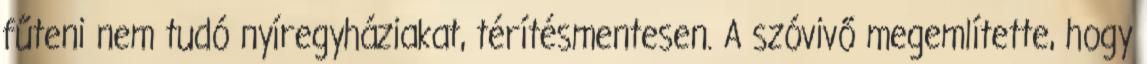
fűteni nem tudó nyíregyháziakat, térítésmentesen. A szóvivő megemlítette, hogy